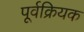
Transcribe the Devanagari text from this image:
पूर्वक्रियक